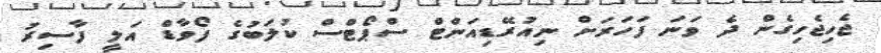
ޖެހިޖެހިގެން ދެ ވަނަ ފަހަރަށް ނިއުރޭޑިއަންޓް ސްޕޯޓްސް ކުލަބުގެ ފޯވާޑް އަލީ ފާސިރު